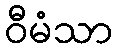
ဝီမံသာ